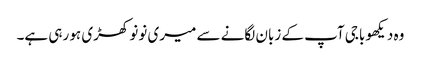
وہ دیکھو باجی آپ کے زبان لگانے سے میری نونو کھڑی ہو رہی ہے۔